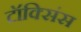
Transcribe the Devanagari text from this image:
टॉक्सिंस